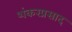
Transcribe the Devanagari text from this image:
शंकरप्रसाद